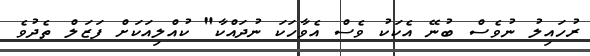
ރުހައިލު ނުވެސް ބުނޭ އެކަކު ވެސް އެވާހަކަ ނުދައްކާ" ކުއްލިއަކަށް ފަޒަލް ތެދުވެ